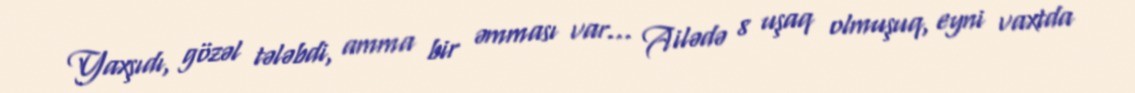
Yaxşıdı, gözəl tələbdi, amma bir əmması var… Ailədə 8 uşaq olmuşuq, eyni vaxtda